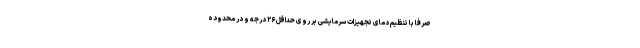
صرفاً با تنظیم دمای تجهیزات سرمایشی بر روی حداقل ۲۶ درجه و در محدوده